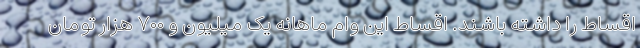
اقساط را داشته باشند. اقساط این وام ماهانه یک میلیون و ۷۰۰ هزار تومان